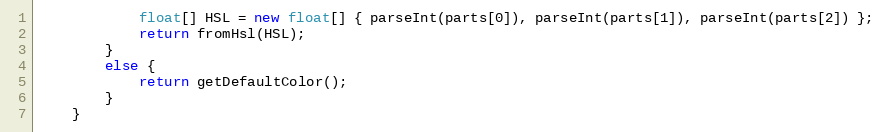
Language: Java
            float[] HSL = new float[] { parseInt(parts[0]), parseInt(parts[1]), parseInt(parts[2]) };
            return fromHsl(HSL);
        }
        else {
            return getDefaultColor();
        }
    }